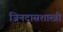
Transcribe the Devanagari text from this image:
जिनदासशास्त्री